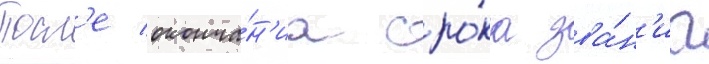
Посл'е оконча́н'иа сро́ка зва́н'иа